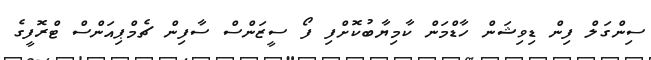
ސިންގަލް ފިން ޑިވިޝަން ހާޑްމަން ކާމިޔާބުކޮށްފި ފޯ ސީޒަންސް ސާފިން ޗެމްޕިއަންސް ޓްރޮފީގެ